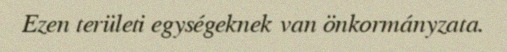
Ezen területi egységeknek van önkormányzata.